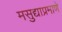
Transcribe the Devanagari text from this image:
मसुद्याप्रमाणे